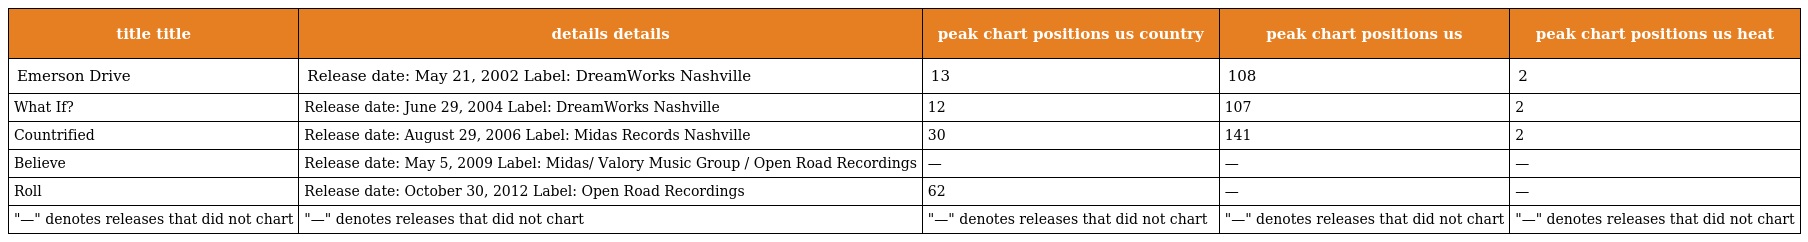
| title title | details details | peak chart positions us country | peak chart positions us | peak chart positions us heat |
 | --- | --- | --- | --- | --- |
 | Emerson Drive | Release date: May 21, 2002 Label: DreamWorks Nashville | 13 | 108 | 2 |
 | What If? | Release date: June 29, 2004 Label: DreamWorks Nashville | 12 | 107 | 2 |
 | Countrified | Release date: August 29, 2006 Label: Midas Records Nashville | 30 | 141 | 2 |
 | Believe | Release date: May 5, 2009 Label: Midas/ Valory Music Group / Open Road Recordings | — | — | — |
 | Roll | Release date: October 30, 2012 Label: Open Road Recordings | 62 | — | — |
 | "—" denotes releases that did not chart | "—" denotes releases that did not chart | "—" denotes releases that did not chart | "—" denotes releases that did not chart | "—" denotes releases that did not chart |